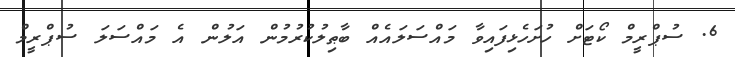
6. ސުޕްރީމް ކޯޓަށް ހުށަހެޅިފައިވާ މައްސަލައެއް ބާޠިލުކުރުމުން އަލުން އެ މައްސަލަ ސުޕްރީމް